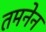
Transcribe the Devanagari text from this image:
तमनेन